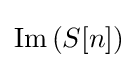
\operatorname {Im} {(S[n])}